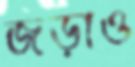
জড়াও